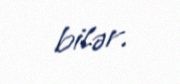
bilər.